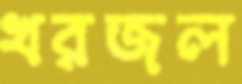
খরজল